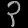
Digit: ၃